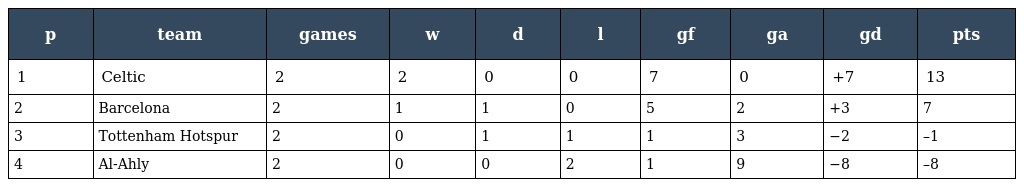
| p | team | games | w | d | l | gf | ga | gd | pts |
 | --- | --- | --- | --- | --- | --- | --- | --- | --- | --- |
 | 1 | Celtic | 2 | 2 | 0 | 0 | 7 | 0 | +7 | 13 |
 | 2 | Barcelona | 2 | 1 | 1 | 0 | 5 | 2 | +3 | 7 |
 | 3 | Tottenham Hotspur | 2 | 0 | 1 | 1 | 1 | 3 | −2 | –1 |
 | 4 | Al-Ahly | 2 | 0 | 0 | 2 | 1 | 9 | −8 | –8 |